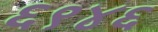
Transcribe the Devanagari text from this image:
६९४६